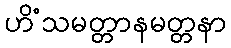
ဟိံသမတ္တာနမတ္တနာ